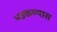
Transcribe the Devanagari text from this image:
भडकण्यास